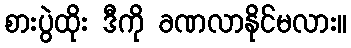
စားပွဲထိုး ဒီကို ခဏလာနိုင်မလား။